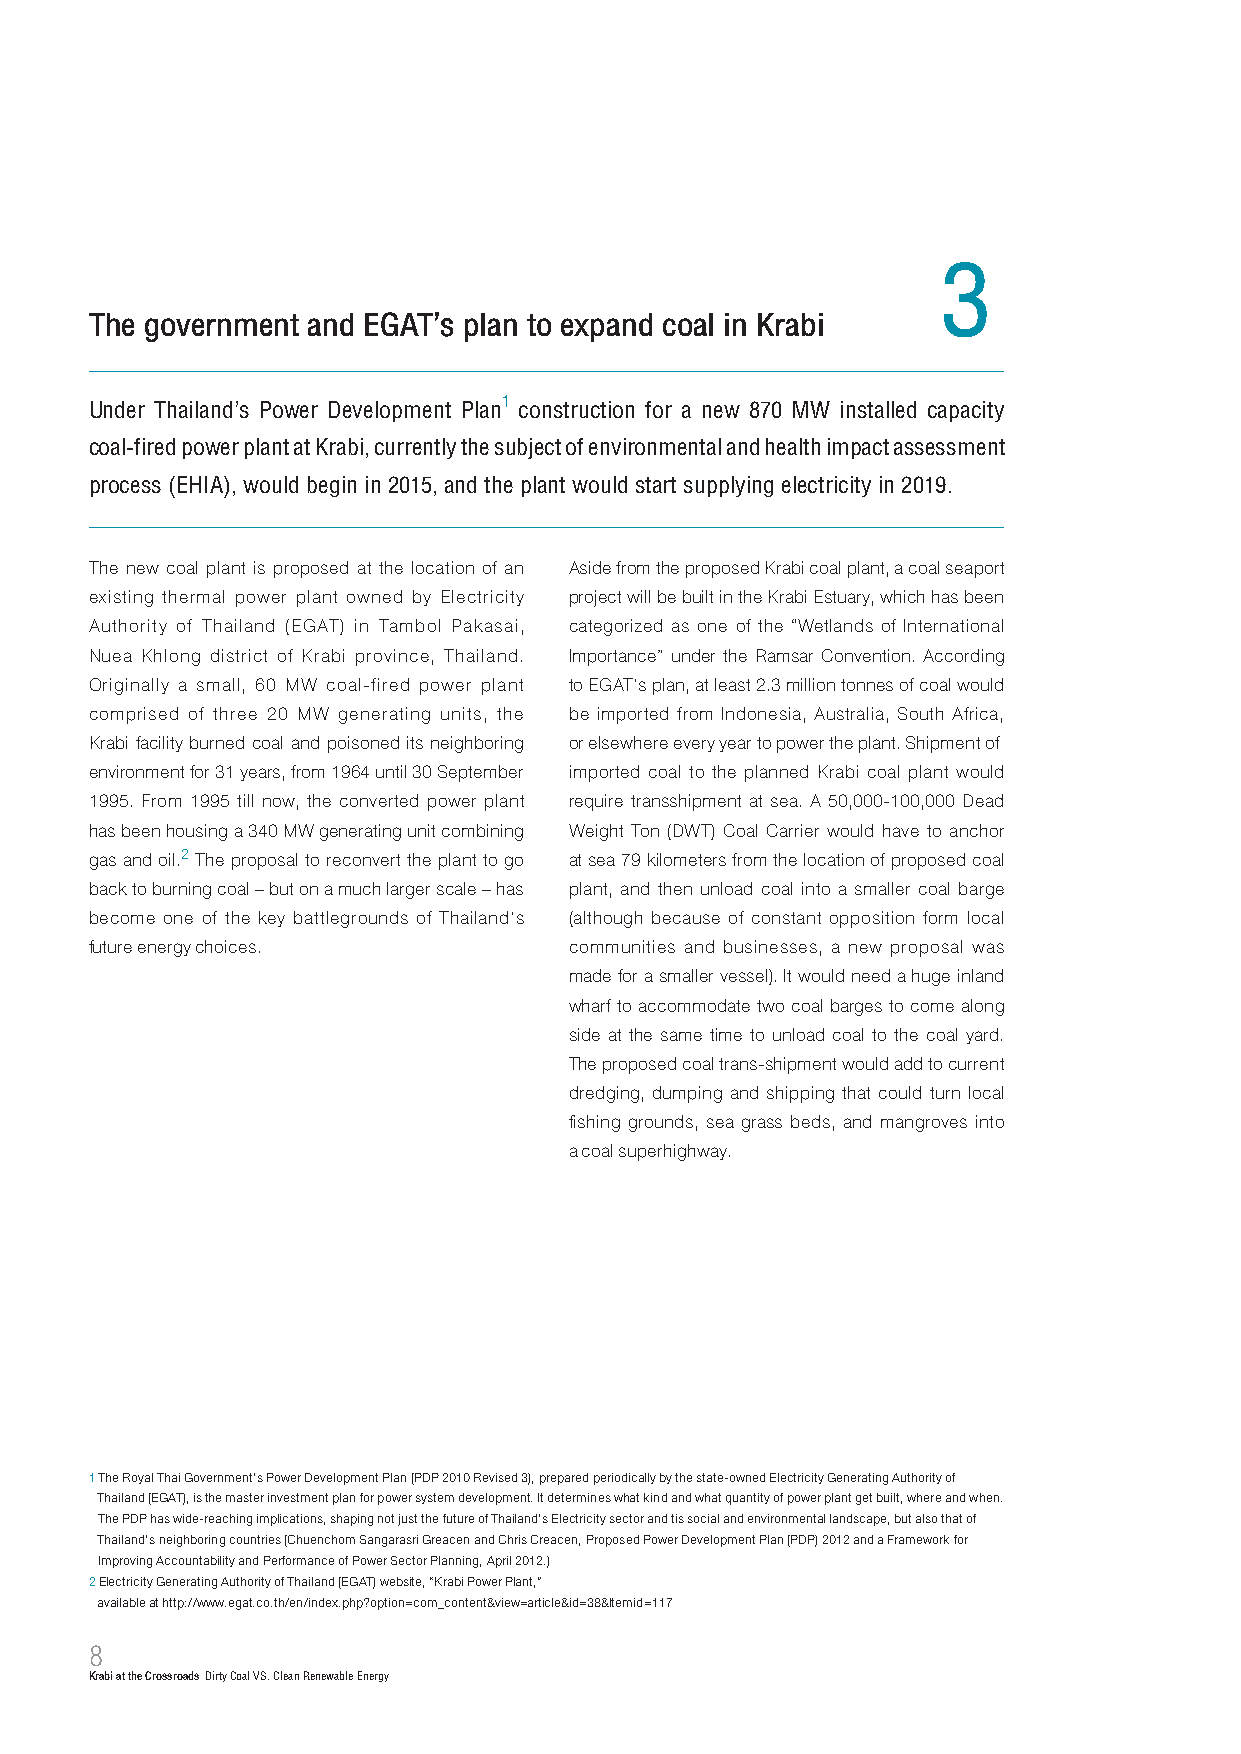
3
 The government and EGAT’s plan to expand coal in Krabi
 Under Thailand’s Power Development Plan1 construction for a new 870 MW installed capacity
 coal-fired power plant at Krabi, currently the subject of environmental and health impact assessment
 process (EHIA), would begin in 2015, and the plant would start supplying electricity in 2019.
 The new coal plant is proposed at the location of an Aside from the proposed Krabi coal plant, a coal seaport
 existing thermal power plant owned by Electricity project will be built in the Krabi Estuary, which has been
 Authority of Thailand (EGAT) in Tambol Pakasai, categorized as one of the “Wetlands of International
 Nuea Khlong district of Krabi province, Thailand. Importance” under the Ramsar Convention. According
 Originally a small, 60 MW coal-fired power plant to EGAT’s plan, at least 2.3 million tonnes of coal would
 comprised of three 20 MW generating units, the be imported from Indonesia, Australia, South Africa,
 Krabi facility burned coal and poisoned its neighboring or elsewhere every year to power the plant. Shipment of
 environment for 31 years, from 1964 until 30 September imported coal to the planned Krabi coal plant would
 1995. From 1995 till now, the converted power plant require transshipment at sea. A 50,000-100,000 Dead
 has been housing a 340 MW generating unit combining Weight Ton (DWT) Coal Carrier would have to anchor
 gas and oil.2 The proposal to reconvert the plant to go at sea 79 kilometers from the location of proposed coal
 back to burning coal – but on a much larger scale – has plant, and then unload coal into a smaller coal barge
 become one of the key battlegrounds of Thailand’s (although because of constant opposition form local
 future energy choices.          communities and businesses, a new proposal was
 made for a smaller vessel). It would need a huge inland
 wharf to accommodate two coal barges to come along
 side at the same time to unload coal to the coal yard.
 The proposed coal trans-shipment would add to current
 dredging, dumping and shipping that could turn local
 fishing grounds, sea grass beds, and mangroves into
 a coal superhighway.
 1 The Royal Thai Government’s Power Development Plan (PDP 2010 Revised 3), prepared periodically by the state-owned Electricity Generating Authority of
 Thailand (EGAT), is the master investment plan for power system development. It determines what kind and what quantity of power plant get built, where and when.
 The PDP has wide-reaching implications, shaping not just the future of Thailand’s Electricity sector and tis social and environmental landscape, but also that of
 Thailand’s neighboring countries (Chuenchom Sangarasri Greacen and Chris Creacen, Proposed Power Development Plan (PDP) 2012 and a Framework for
 Improving Accountability and Performance of Power Sector Planning, April 2012.)
 2 Electricity Generating Authority of Thailand (EGAT) website, “Krabi Power Plant,”
 available at http://www.egat.co.th/en/index.php?option=com_content&view=article&id=38&Itemid=117
 8
 Krabi at the Crossroads Dirty Coal VS. Clean Renewable Energy